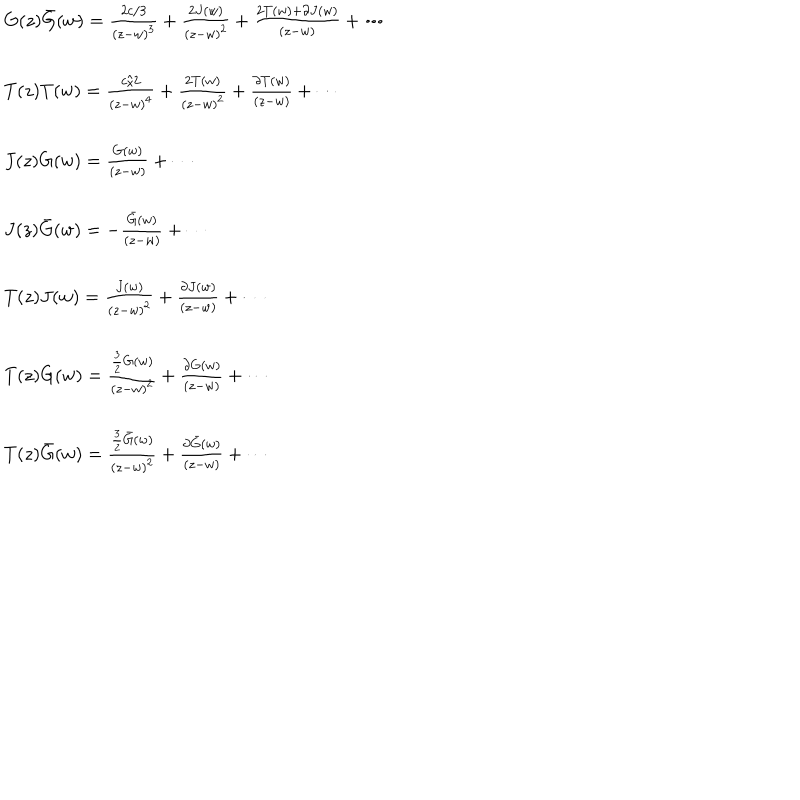
\begin{array} { l } { { G ( z ) \bar { G } ( w ) = \frac { 2 c / 3 } { ( z - w ) ^ { 3 } } + \frac { 2 J ( w ) } { ( z - w ) ^ { 2 } } + \frac { 2 T ( w ) + \partial J ( w ) } { ( z - w ) } + \cdots } } \\ { { \ } } \\ { { T ( z ) T ( w ) = \frac { c / 2 } { ( z - w ) ^ { 4 } } + \frac { 2 T ( w ) } { ( z - w ) ^ { 2 } } + \frac { \partial T ( w ) } { ( z - w ) } + \cdots } } \\ { { \ } } \\ { { J ( z ) G ( w ) = \frac { G ( w ) } { ( z - w ) } + \cdots } } \\ { { \ } } \\ { { J ( z ) \bar { G } ( w ) = - \frac { \bar { G } ( w ) } { ( z - w ) } + \cdots } } \\ { { \ } } \\ { { T ( z ) J ( w ) = \frac { J ( w ) } { ( z - w ) ^ { 2 } } + \frac { \partial J ( w ) } { ( z - w ) } + \cdots } } \\ { { \ } } \\ { { T ( z ) G ( w ) = \frac { \frac { 3 } { 2 } G ( w ) } { ( z - w ) ^ { 2 } } + \frac { \partial G ( w ) } { ( z - w ) } + \cdots } } \\ { { \ } } \\ { { T ( z ) \bar { G } ( w ) = \frac { \frac { 3 } { 2 } \bar { G } ( w ) } { ( z - w ) ^ { 2 } } + \frac { \partial \bar { G } ( w ) } { ( z - w ) } + \cdots } } \\ \end{array}